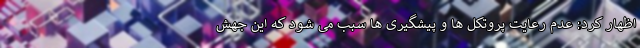
اظهار کرد: عدم رعایت پروتکل ها و پیشگیری ها سبب می شود که این جهش